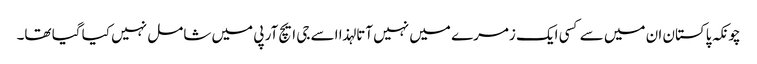
چونکہ پاکستان ان میں سے کسی ایک زمرے میں نہیں آتا لہذا اسے جی ایچ آر پی میں شامل نہیں کیا گیا تھا۔